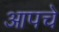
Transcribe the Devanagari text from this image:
आपचे